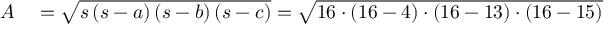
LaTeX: \begin{array} { r l } { A } & { { } = { \sqrt { s \left( s - a \right) \left( s - b \right) \left( s - c \right) } } = { \sqrt { 1 6 \cdot ( 1 6 - 4 ) \cdot ( 1 6 - 1 3 ) \cdot ( 1 6 - 1 5 ) } } } \end{array}